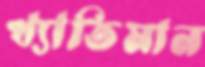
খ্যাতিমান